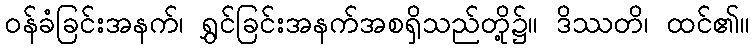
ဝန်ခံခြင်းအနက်၊ ရွှင်ခြင်းအနက်အစရှိသည်တို့၌။ ဒိဿတိ၊ ထင်၏။